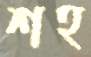
শহ